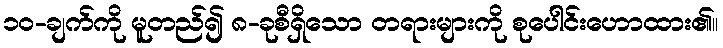
၁၀-ချက်ကို မူတည်၍ ၈-ခုစီရှိသော တရားများကို စုပေါင်းဟောထား၏။